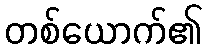
တစ်ယောက်၏